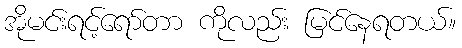
အိုမင်းရင့်ရော်တာ ကိုလည်း မြင်နေရတယ်။